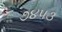
૭૪૫૩